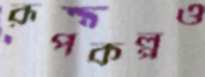
রূপকল্পও